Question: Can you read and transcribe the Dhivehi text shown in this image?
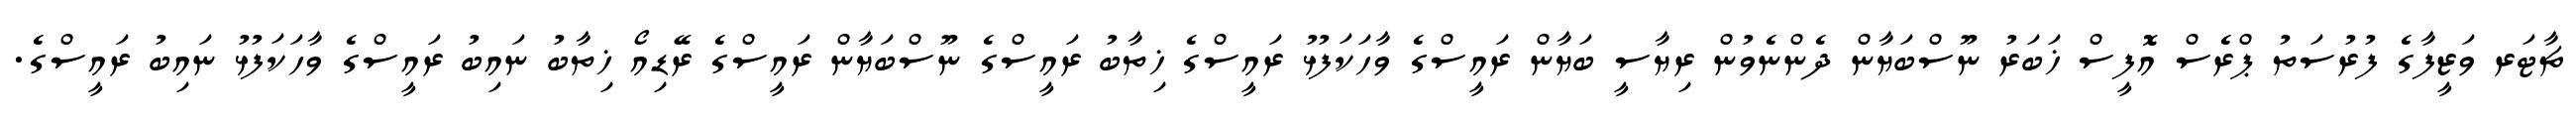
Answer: ޗާޓަރ ވަޒީފާގެ ފުރުސަތު ޕްރެސް އޮފީސް ޚަބަރު ނޫސްބަޔާން ދެންނެވުން ރިޔާސީ ބަޔާން ރައީސްގެ ވާހަކަފުޅު ރައީސްގެ ޚިތާބު ރައީސްގެ ނޫސްބަޔާން ރައީސްގެ ރޭޑިއޯ ޚިތާބު ނައިބު ރައީސްގެ ވާހަކަފުޅު ނައިބު ރައީސްގެ.